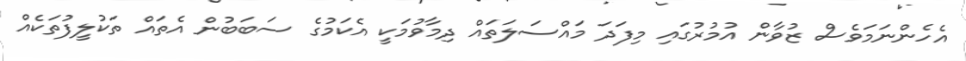
އެހެންނަމަވެސް ޒުވާން އުމުރުގައި މިފަދަ މައްސަލަތައް ދިމާވުމަކީ އެކަމުގެ ސަބަބުން އެތައް ތަކުލީފުތަކެއް